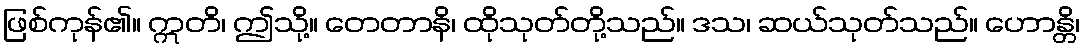
ဖြစ်ကုန်၏။ ဣတိ၊ ဤသို့။ တေတာနိ၊ ထိုသုတ်တို့သည်။ ဒသ၊ ဆယ်သုတ်သည်။ ဟောန္တိ၊